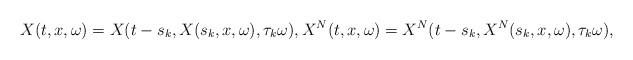
LaTeX: \begin{align*} X(t,x,\omega)=X(t-s_k,X(s_k,x,\omega),\tau_{k}\omega),X^N(t,x,\omega)=X^N(t-s_k,X^N(s_k,x,\omega),\tau_{k}\omega),\end{align*}